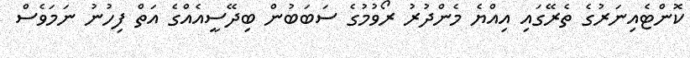
ކޮންޓެއިނަރުގެ ތެރޭގައި އިއްޔެ މެންދުރު ރޯވުމުގެ ސަބަބުން ބިދޭސީއެއްގެ އަތް ފިހުނު ނަމަވެސް